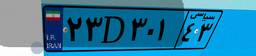
۶۸D۷۴۳۹۱